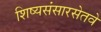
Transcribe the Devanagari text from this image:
शिष्यसंसारसेतवे